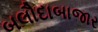
બલૌદાબાજાર